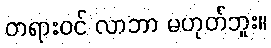
တရားဝင် လာဘာ မဟုတ်ဘူး။